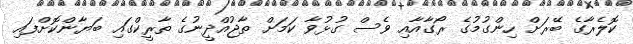
ކޮލެރާގެ ބޭރަށް ހިންގުމުގެ ރޯގާއާއި ވެސް ގުޅުވާ ކަމަށް ތާޖުއްދީނުގެ ތާރީކްގައި ބަޔާންކޮށްފައި